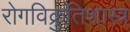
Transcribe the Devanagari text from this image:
रोगविक्रुतिशास्त्र